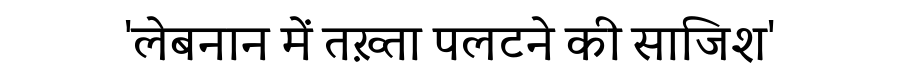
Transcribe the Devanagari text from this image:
'लेबनान में तख़्ता पलटने की साजिश'